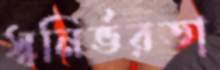
স্বনির্ভরতা